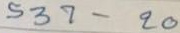
537 - 20